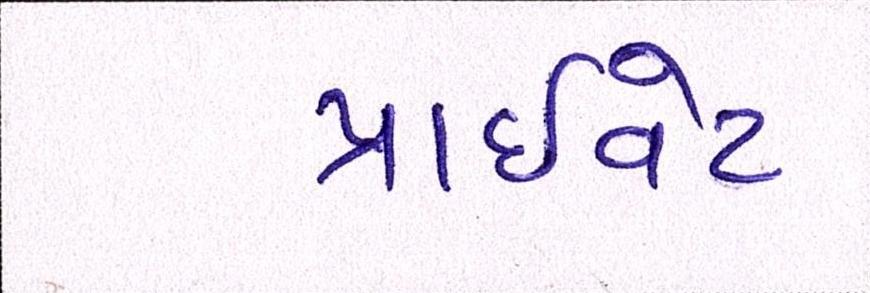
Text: પ્રાઈવેટ